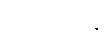
ဖိုးလပြည့်